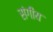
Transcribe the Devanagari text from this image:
संगीय